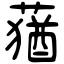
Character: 蕕